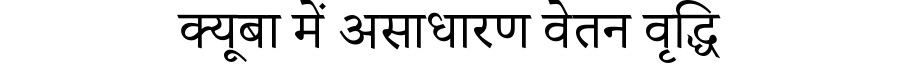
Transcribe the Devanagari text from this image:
क्यूबा में असाधारण वेतन वृद्धि